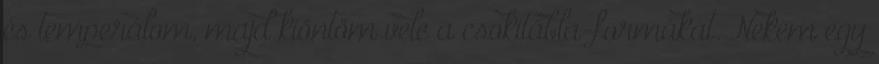
és temperálom, majd kiöntöm vele a csokitábla-formákat. Nekem egy